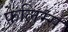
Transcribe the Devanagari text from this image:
फेलिम्स